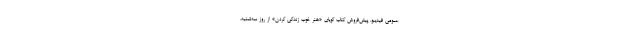
عمومی فیدیبو، پیش‌فروش کتاب گویای «هنر خوب زندگی کردن» از روز سه‌شنبه،